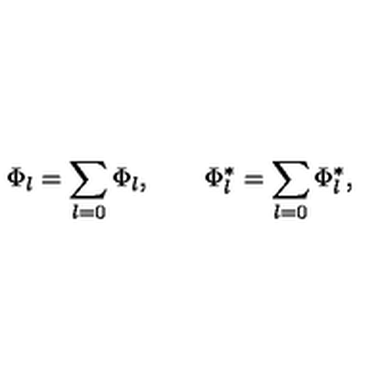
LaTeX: \Phi _ { l } = \sum _ { l = 0 } \Phi _ { l } , \qquad \Phi _ { l } ^ { \ast } = \sum _ { l = 0 } \Phi _ { l } ^ { \ast } ,